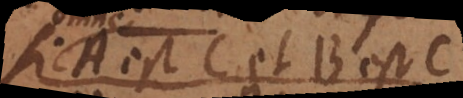
AB est C et AB est D.